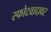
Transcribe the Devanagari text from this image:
स्फोटवादावर